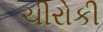
ચીરોકી